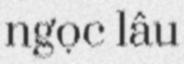
ngọc lâu